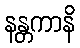
နန္တကာနိ